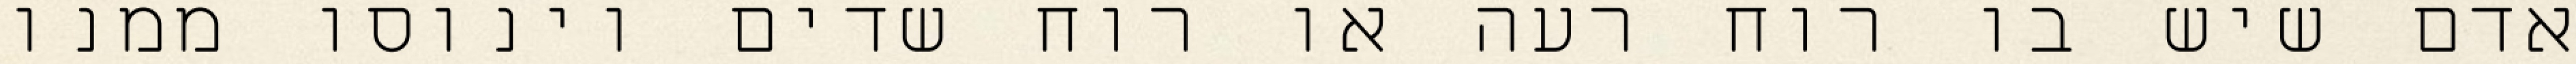
אדם שיש בו רוח רעה או רוח שדים וינוסו ממנו